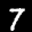
Label: 7